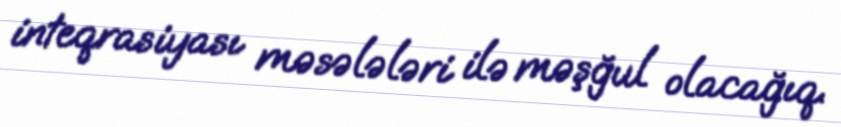
inteqrasiyası məsələləri ilə məşğul olacağıq.